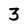
Character: 3